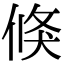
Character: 倏